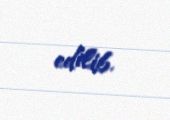
edilib.